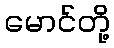
မောင်တို့